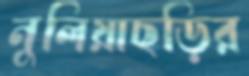
নুলিয়াছড়ির